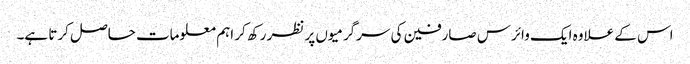
اس کے علاوہ ایک وائرس صارفین کی سرگرمیوں پر نظر رکھ کر اہم معلومات حاصل کرتا ہے۔